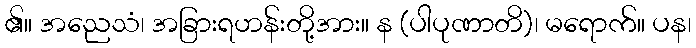
၏။ အညေသံ၊ အခြားရဟန်းတို့အား။ န (ပါပုဏာတိ)၊ မရောက်။ ပန၊